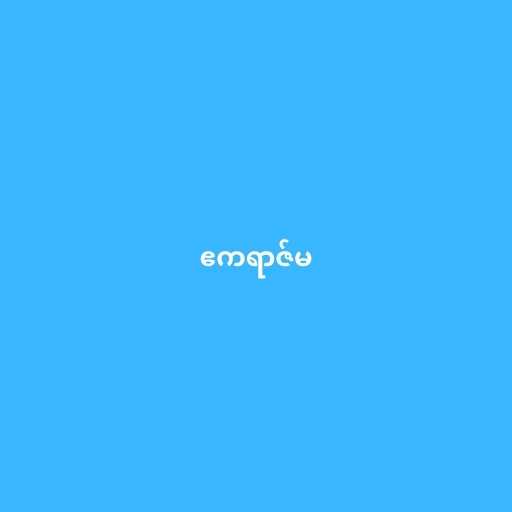
ဧကရာဇ်မ